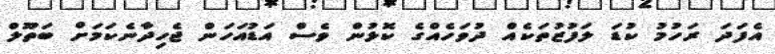
އެފަދަ ރަހުމު ކުޑަ ލަފުޒުތަކެއް ދުވަހެއްގެ ކޮޅުން ވެސް އަޑުއަހަން ޖެހިދާނެކަމަށް ބަތޫލް